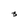
Character: 3